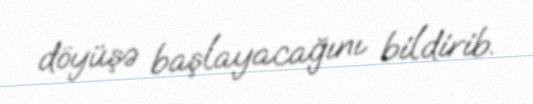
döyüşə başlayacağını bildirib.